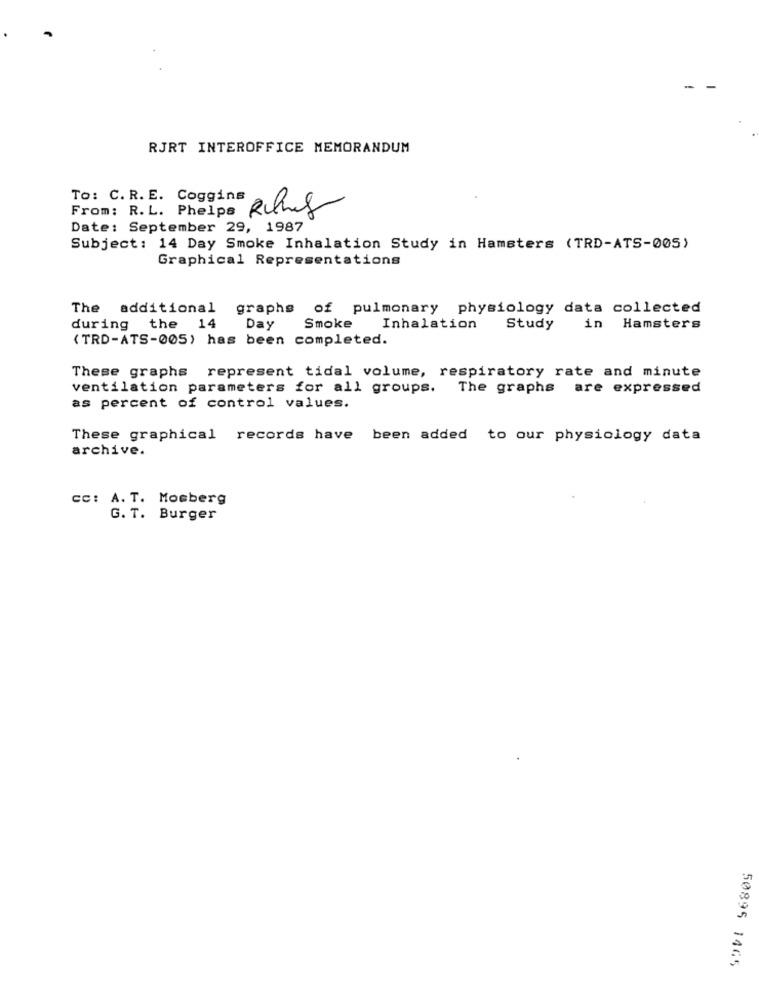
-
RJRT INTEROFFICE MEMORANDUM
To: C. R. E. Coggins
From: R. L. Phelps
Date: September 29, 1987
Subject: 14 Day Smoke Inhalation Study in Hamsters (TRD-ATS-005)
Graphical Representations
The additional graphs of pulmonary physiology data collected
during the 14
Day Smoke
Inhalation
Study
in Hamsters
( TRD-ATS-005) has been completed.
These graphs represent tidal volume, respiratory rate and minute
ventilation parameters for all groups. The graphs are expressed
as percent of control values.
These graphical records have been added to our physiology data
archive.
cc: A. T. Mosberg
G. T. Burger
50895 1465